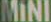
MINI